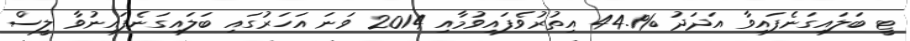
ޓީ ބަލައިގަނެފައިވާ އަދަދު %44.1 އިތުރުވެފައިވުމާއި 2014 ވަނަ އަހަރުގައި ބަލައިގަނެފައިނުވާ ލީސް